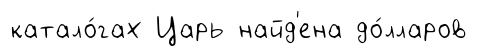
катало́гах Царь найд'ена до́лларов